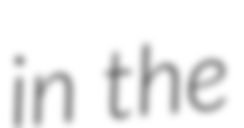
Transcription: in the